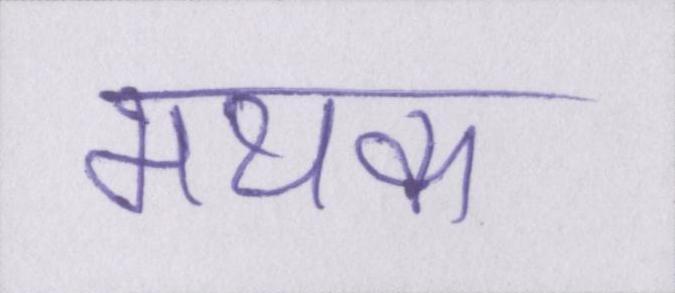
मथक